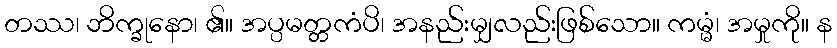
တဿ၊ ဘိက္ခုနော၊ ၏။ အပ္ပမတ္တကံပိ၊ အနည်းမျှလည်းဖြစ်သော။ ကမ္မံ၊ အမှုကို။ န